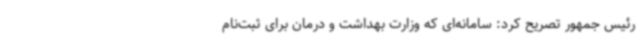
رئیس جمهور تصریح کرد: سامانه‌ای که وزارت بهداشت و درمان برای ثبت‌نام